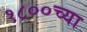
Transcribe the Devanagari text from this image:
१८००च्या